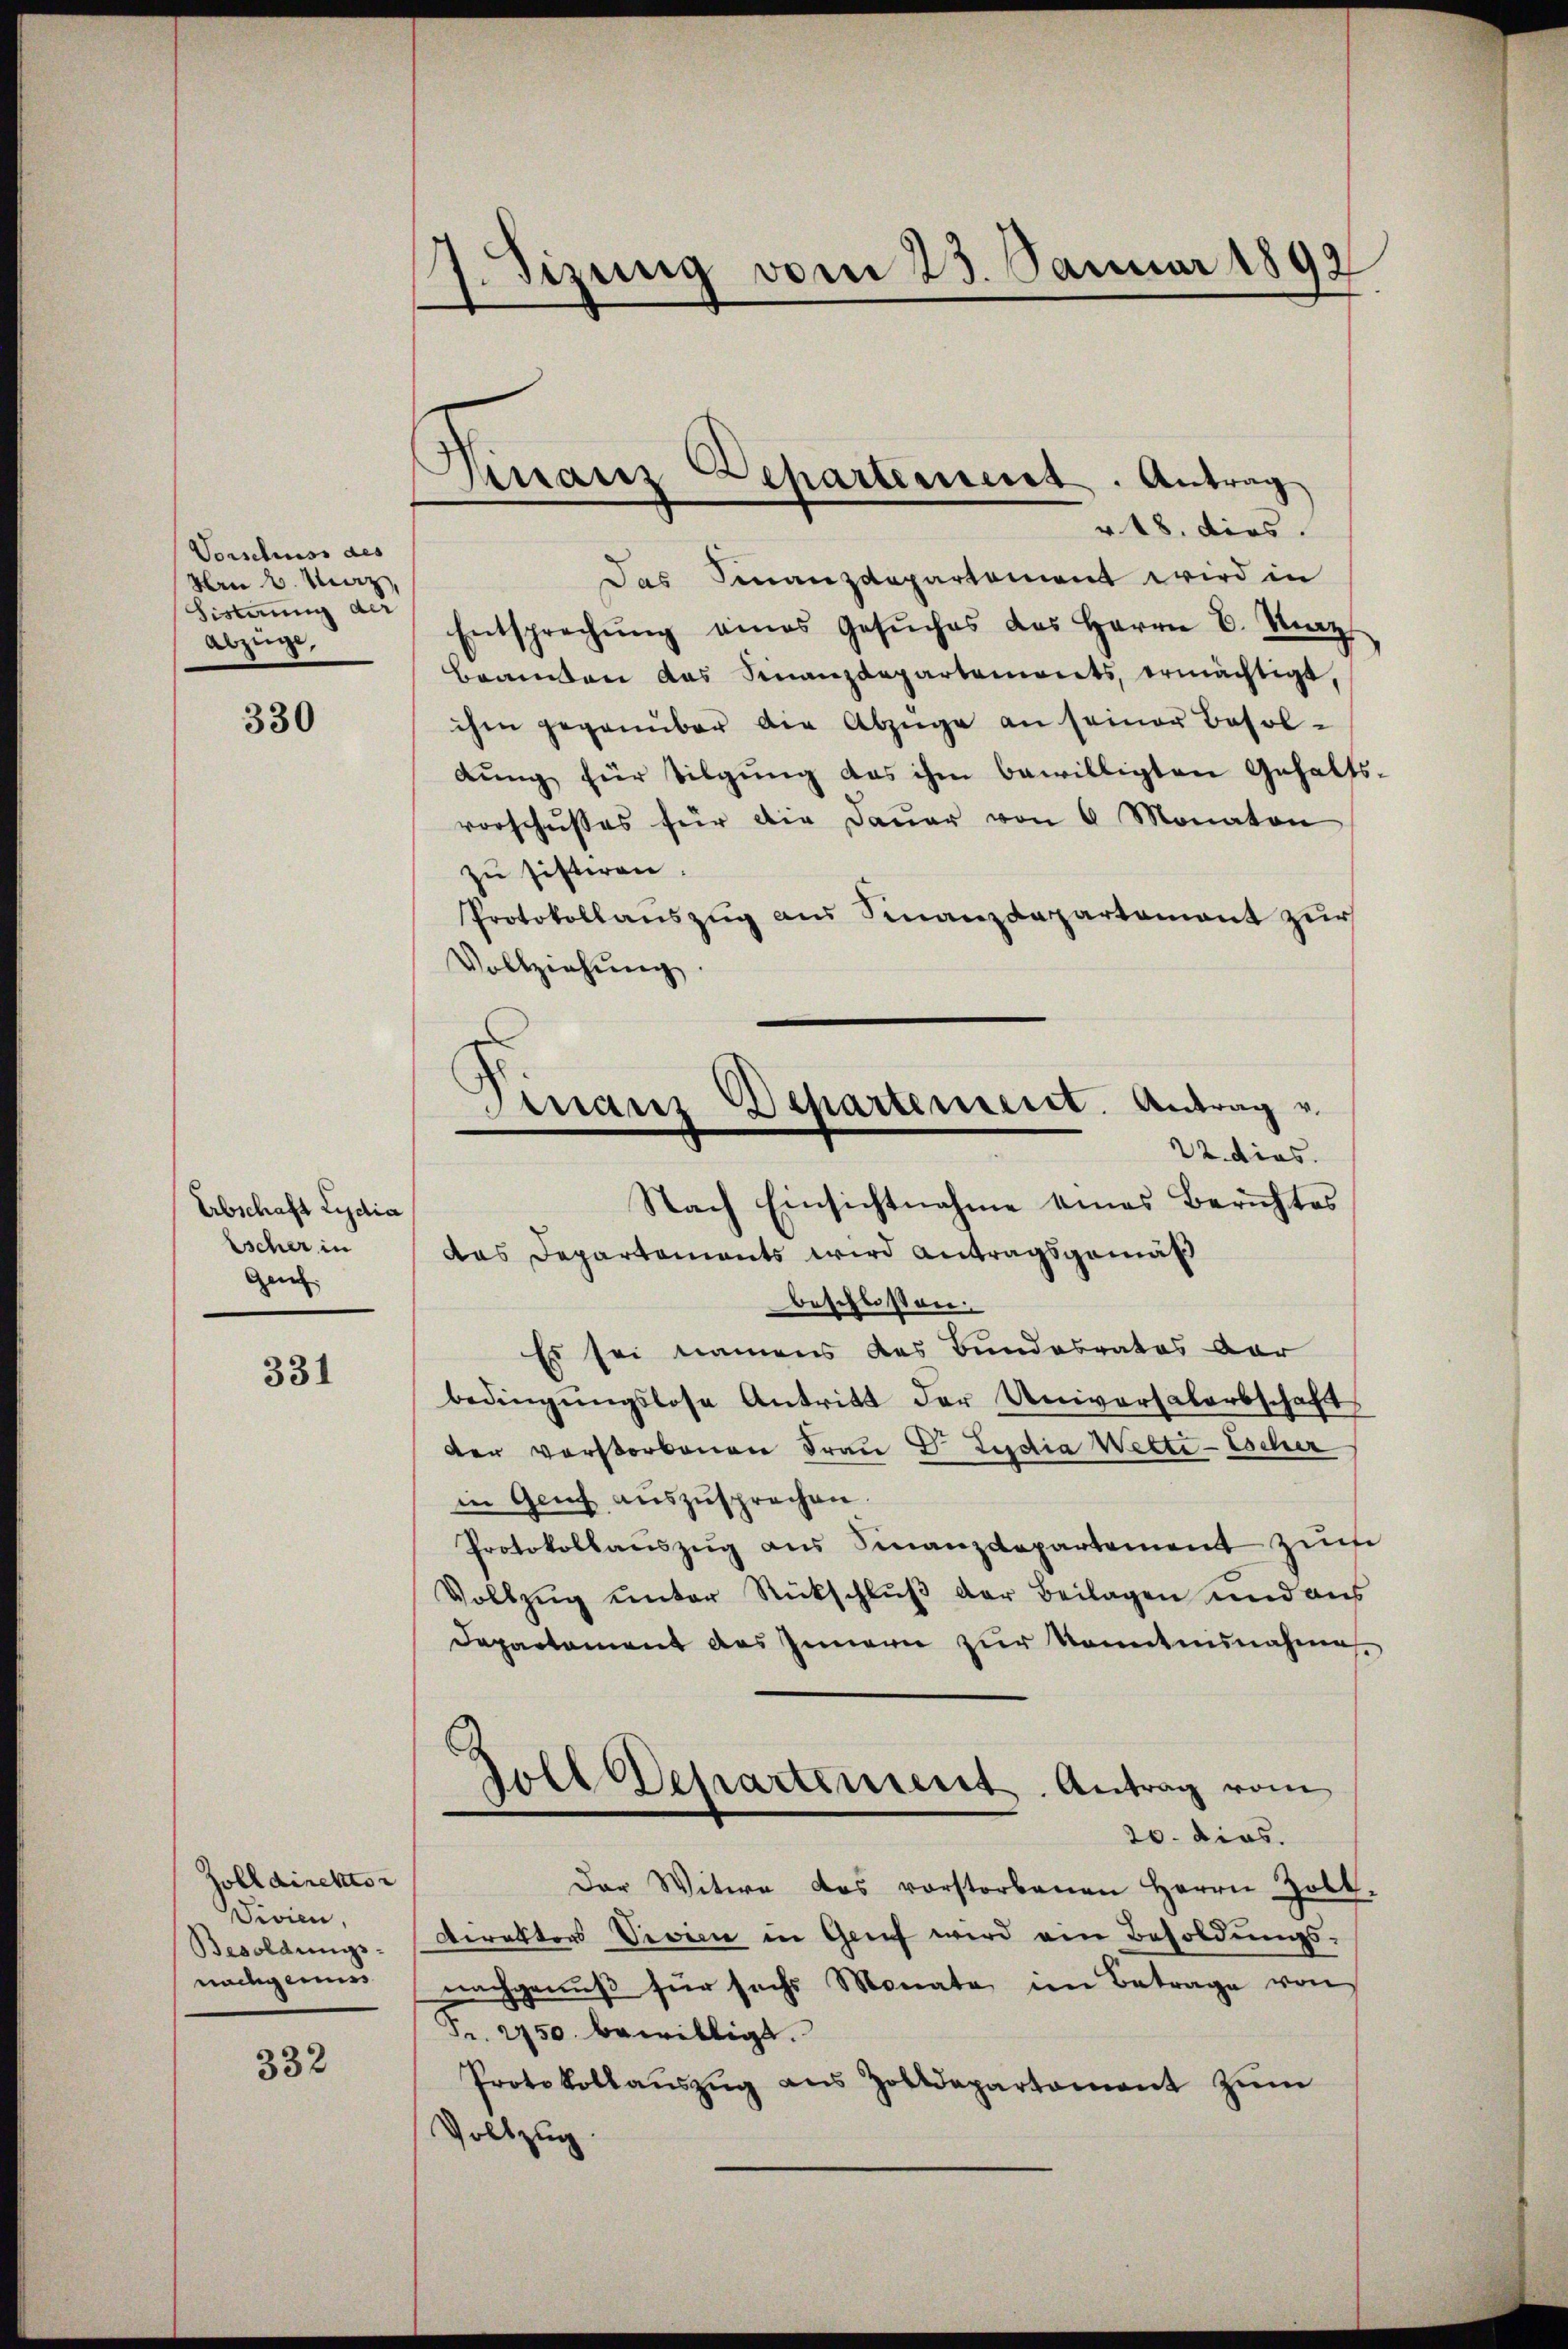
Vorschuss des
Hrn 2. März,
Sisterung der
Abzüge,

330

Abschaft Lydia
Escher in
Gen.

331

Zolldirektor
Vivien,
Besoldungs-
nachgemess

332

1. Sizung vom 23. Januar 1892

d
Finanz Departenneret. Antrag
" 18. dies

Das Finanzdepartement wird in
Entsprechŭng eines Gesŭches des Herrn E. Merz
Beamten das Finanzdepartemonts, ermächtigt,
ihen gegenüber die Abzüge an seiner Besoldŭng für Tilgung das ihm bewilligten Gehalts-
vorschusses für die Dauer von 6 Monaton
zu sistiren.
Protokollauszug aus Finanzdepartement zur
Vollziehŭng

Departement. Antrag v.
Finanz
22. dies.

Nach Einsichtnahme eines Berichtes
das Departements wird Antragsgemäß
beschlossen:
Es sei namens des Bundesrates dar
bedingŭngslose Antritt der Universalarbschaft
der verstorbenen Frau Dr. Ludia Wette-Escher
in Genf auszusprechen.
Protokollaŭszŭg ans Finanzdepartement zum
Vollzug unter Rückschluß der Beilagen und aus
Departement des Innern zur Kenntnisnahme
Zoll Departement. Antrag vom
20. dies.
Der Witwe das vorstorbenen Herrn Zolt.
Direkter Vevien in Genf wird am Besoldungs-
nachgenuß für sechs Monate im Betrage von
Pr. 2750. bewilligt.
Protokollaŭszŭg aŭs Zolldepartament zŭm
Vollzug.